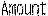
AMOUNT